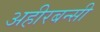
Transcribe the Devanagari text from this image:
अहीरबन्सी